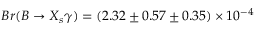
B r ( B \to X _ { s } \gamma ) = ( 2 . 3 2 \pm 0 . 5 7 \pm 0 . 3 5 ) \times 1 0 ^ { - 4 }